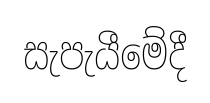
සැපැයීමේදී